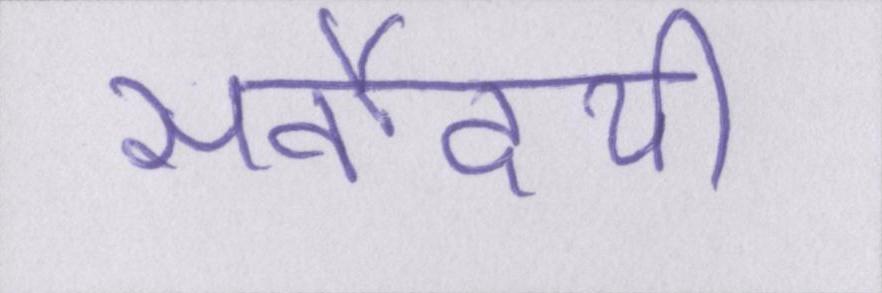
सर्वोदयी